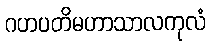
ဂဟပတိမဟာသာလကုလံ